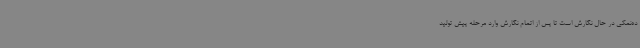
ده‌نمکی در حال نگارش است تا پس از اتمام نگارش وارد مرحله پیش تولید